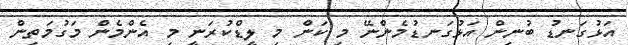
އަޅުގަނޑު ބުނިން އަޅުގަނޑުމެންނޭ މި ކަން މި ލީޑްކުރަނީ މި އެންމެން މަގުމަތިން